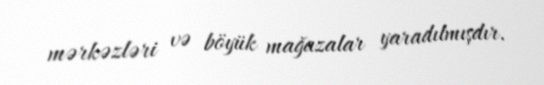
mərkəzləri və böyük mağazalar yaradılmışdır.